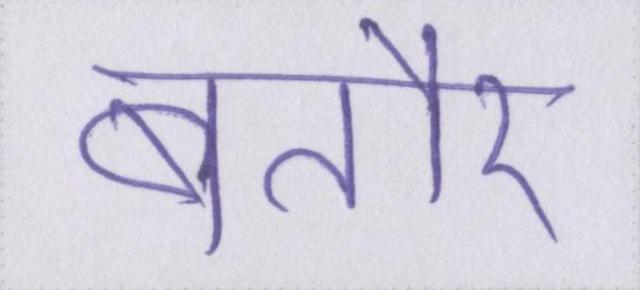
बतौर